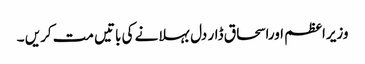
وزیراعظم اوراسحاق ڈار دل بہلانے کی باتیں مت کریں ۔